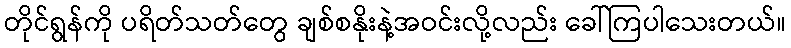
တိုင်ရွန်ကို ပရိတ်သတ်တွေ ချစ်စနိုးနဲ့အဝင်းလို့လည်း ခေါ်ကြပါသေးတယ်။